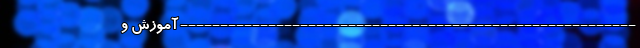
--------------------------------------------------------- آموزش و